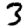
Digit: 3